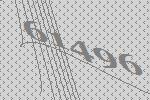
61496